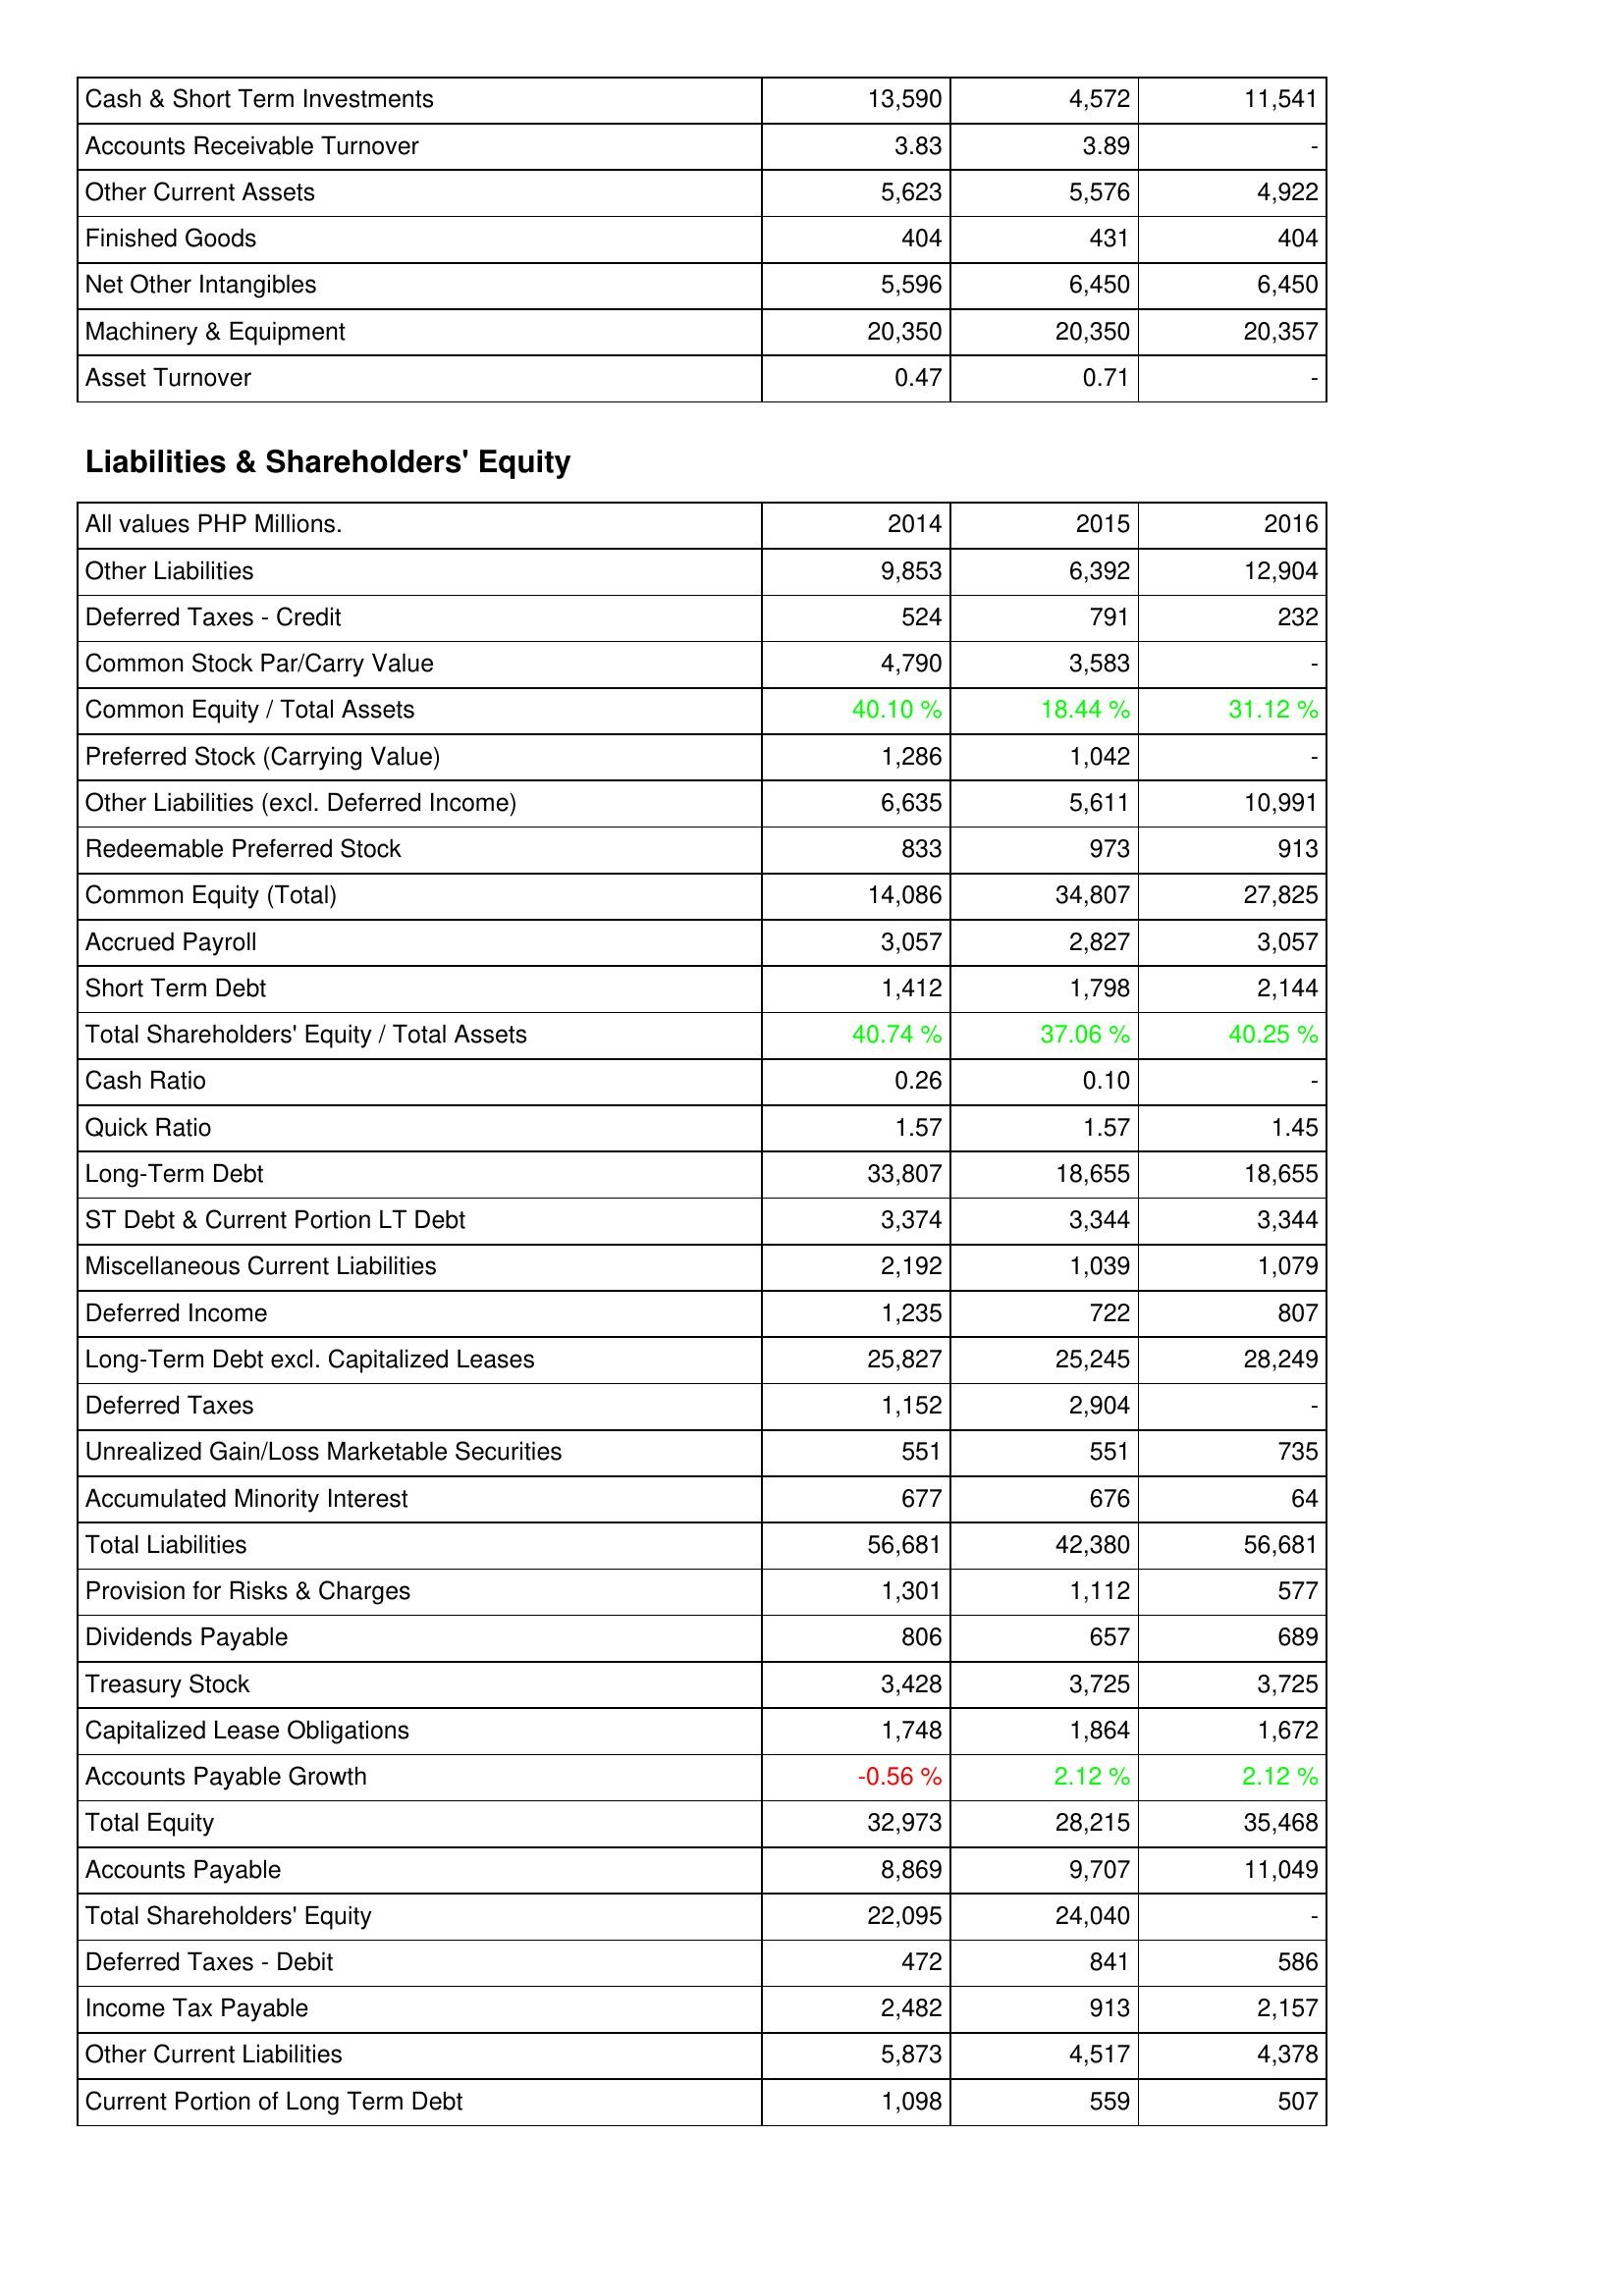
2014: Assets: Cash & Short Term Investments: 13,590
Accounts Receivable Turnover: 3.83
Other Current Assets: 5,623
Finished Goods: 404
Net Other Intangibles: 5,596
Machinery & Equipment: 20,350
Asset Turnover: 0.47
Liabilities & Shareholders' Equity: Other Liabilities: 9,853
Deferred Taxes - Credit: 524
Common Stock Par/Carry Value: 4,790
Common Equity / Total Assets: 40.10 %
Preferred Stock (Carrying Value): 1,286
Other Liabilities (excl. Deferred Income): 6,635
Redeemable Preferred Stock: 833
Common Equity (Total): 14,086
Accrued Payroll: 3,057
Short Term Debt: 1,412
Total Shareholders' Equity / Total Assets: 40.74 %
Cash Ratio: 0.26
Quick Ratio: 1.57
Long-Term Debt: 33,807
ST Debt & Current Portion LT Debt: 3,374
Miscellaneous Current Liabilities: 2,192
Deferred Income: 1,235
Long-Term Debt excl. Capitalized Leases: 25,827
Deferred Taxes: 1,152
Unrealized Gain/Loss Marketable Securities: 551
Accumulated Minority Interest: 677
Total Liabilities: 56,681
Provision for Risks & Charges: 1,301
Dividends Payable: 806
Treasury Stock: 3,428
Capitalized Lease Obligations: 1,748
Accounts Payable Growth: -0.56 %
Total Equity: 32,973
Accounts Payable: 8,869
Total Shareholders' Equity: 22,095
Deferred Taxes - Debit: 472
Income Tax Payable: 2,482
Other Current Liabilities: 5,873
Current Portion of Long Term Debt: 1,098
2015: Assets: Cash & Short Term Investments: 4,572
Accounts Receivable Turnover: 3.89
Other Current Assets: 5,576
Finished Goods: 431
Net Other Intangibles: 6,450
Machinery & Equipment: 20,350
Asset Turnover: 0.71
Liabilities & Shareholders' Equity: Other Liabilities: 6,392
Deferred Taxes - Credit: 791
Common Stock Par/Carry Value: 3,583
Common Equity / Total Assets: 18.44 %
Preferred Stock (Carrying Value): 1,042
Other Liabilities (excl. Deferred Income): 5,611
Redeemable Preferred Stock: 973
Common Equity (Total): 34,807
Accrued Payroll: 2,827
Short Term Debt: 1,798
Total Shareholders' Equity / Total Assets: 37.06 %
Cash Ratio: 0.10
Quick Ratio: 1.57
Long-Term Debt: 18,655
ST Debt & Current Portion LT Debt: 3,344
Miscellaneous Current Liabilities: 1,039
Deferred Income: 722
Long-Term Debt excl. Capitalized Leases: 25,245
Deferred Taxes: 2,904
Unrealized Gain/Loss Marketable Securities: 551
Accumulated Minority Interest: 676
Total Liabilities: 42,380
Provision for Risks & Charges: 1,112
Dividends Payable: 657
Treasury Stock: 3,725
Capitalized Lease Obligations: 1,864
Accounts Payable Growth: 2.12 %
Total Equity: 28,215
Accounts Payable: 9,707
Total Shareholders' Equity: 24,040
Deferred Taxes - Debit: 841
Income Tax Payable: 913
Other Current Liabilities: 4,517
Current Portion of Long Term Debt: 559
2016: Assets: Cash & Short Term Investments: 11,541
Accounts Receivable Turnover: -
Other Current Assets: 4,922
Finished Goods: 404
Net Other Intangibles: 6,450
Machinery & Equipment: 20,357
Asset Turnover: -
Liabilities & Shareholders' Equity: Other Liabilities: 12,904
Deferred Taxes - Credit: 232
Common Stock Par/Carry Value: -
Common Equity / Total Assets: 31.12 %
Preferred Stock (Carrying Value): -
Other Liabilities (excl. Deferred Income): 10,991
Redeemable Preferred Stock: 913
Common Equity (Total): 27,825
Accrued Payroll: 3,057
Short Term Debt: 2,144
Total Shareholders' Equity / Total Assets: 40.25 %
Cash Ratio: -
Quick Ratio: 1.45
Long-Term Debt: 18,655
ST Debt & Current Portion LT Debt: 3,344
Miscellaneous Current Liabilities: 1,079
Deferred Income: 807
Long-Term Debt excl. Capitalized Leases: 28,249
Deferred Taxes: -
Unrealized Gain/Loss Marketable Securities: 735
Accumulated Minority Interest: 64
Total Liabilities: 56,681
Provision for Risks & Charges: 577
Dividends Payable: 689
Treasury Stock: 3,725
Capitalized Lease Obligations: 1,672
Accounts Payable Growth: 2.12 %
Total Equity: 35,468
Accounts Payable: 11,049
Total Shareholders' Equity: -
Deferred Taxes - Debit: 586
Income Tax Payable: 2,157
Other Current Liabilities: 4,378
Current Portion of Long Term Debt: 507